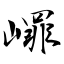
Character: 嶵